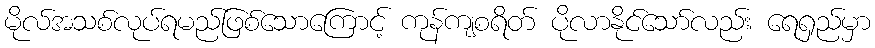
မိုလ်အသစ်လုပ်ရမည်ဖြစ်သောကြောင့် ကုန်ကျစရိတ် ပိုလာနိုင်သော်လည်း ရေရှည်မှာ